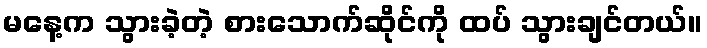
မနေ့က သွားခဲ့တဲ့ စားသောက်ဆိုင်ကို ထပ် သွားချင်တယ်။